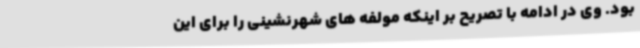
بود. وی در ادامه با تصریح بر اینکه مولفه های شهرنشینی را برای این